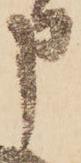
申